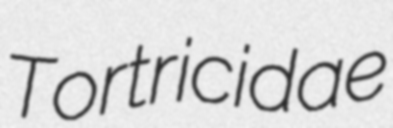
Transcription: Tortricidae